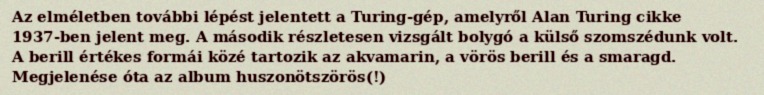
Az elméletben további lépést jelentett a Turing-gép, amelyről Alan Turing cikke 1937-ben jelent meg. A második részletesen vizsgált bolygó a külső szomszédunk volt. A berill értékes formái közé tartozik az akvamarin, a vörös berill és a smaragd. Megjelenése óta az album huszonötszörös(!)